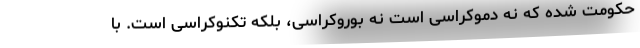
حکومت شده که نه دموکراسی است نه بوروکراسی، بلکه تکنوکراسی است. با